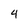
Character: 4